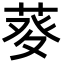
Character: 𤼱